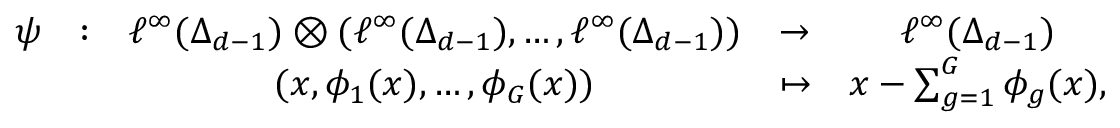
\begin{array} { c c c c c } { \psi } & { : } & { \ell ^ { \infty } ( \Delta _ { d - 1 } ) \otimes ( \ell ^ { \infty } ( \Delta _ { d - 1 } ) , \dots , \ell ^ { \infty } ( \Delta _ { d - 1 } ) ) } & { \to } & { \ell ^ { \infty } ( \Delta _ { d - 1 } ) } \\ & & { ( x , \phi _ { 1 } ( x ) , \dots , \phi _ { G } ( x ) ) } & { \mapsto } & { x - \sum _ { g = 1 } ^ { G } \phi _ { g } ( x ) , } \end{array}